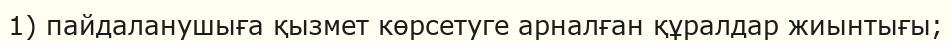
1) пайдаланушыға қызмет көрсетуге арналған құралдар жиынтығы;